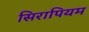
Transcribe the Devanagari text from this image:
सिरापियम